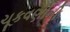
ચૂકવણીની